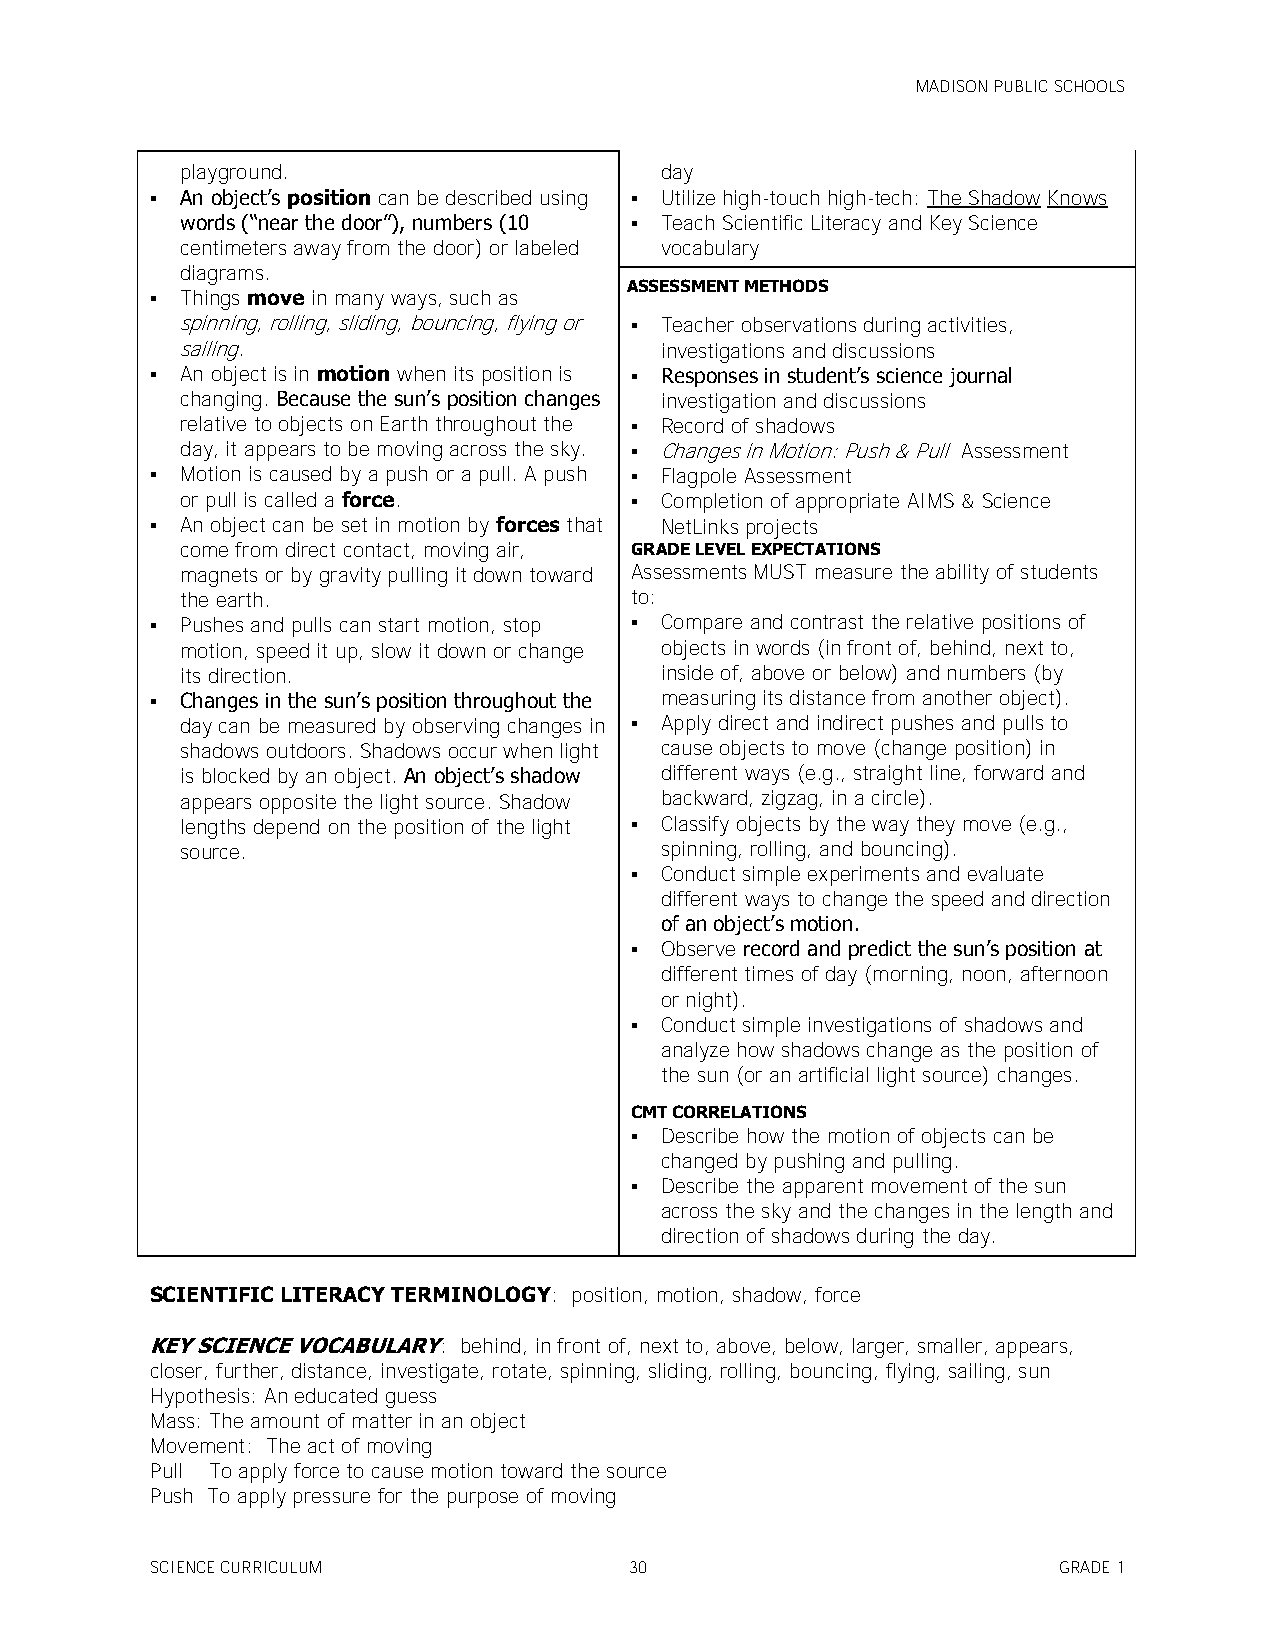
MADISON PUBLIC SCHOOLS
 playground.                     day
  An object’s position can be described using  Utilize high-touch high-tech: The Shadow Knows
 words (―near the door‖), numbers (10  Teach Scientific Literacy and Key Science
 centimeters away from the door) or labeled vocabulary
 diagrams.
 ASSESSMENT METHODS
  Things move in many ways, such as
 spinning, rolling, sliding, bouncing, flying or  Teacher observations during activities,
 sailing.                        investigations and discussions
  An object is in motion when its position is  Responses in student’s science journal
 changing. Because the sun’s position changes investigation and discussions
 relative to objects on Earth throughout the  Record of shadows
 day, it appears to be moving across the sky.  Changes in Motion: Push & Pull Assessment
  Motion is caused by a push or a pull. A push  Flagpole Assessment
 or pull is called a force.     Completion of appropriate AIMS & Science
  An object can be set in motion by forces that NetLinks projects
 come from direct contact, moving air, GRADE LEVEL EXPECTATIONS
 magnets or by gravity pulling it down toward Assessments MUST measure the ability of students
 the earth.                    to:
  Pushes and pulls can start motion, stop  Compare and contrast the relative positions of
 motion, speed it up, slow it down or change objects in words (in front of, behind, next to,
 its direction.                  inside of, above or below) and numbers (by
  Changes in the sun’s position throughout the measuring its distance from another object).
 day can be measured by observing changes in  Apply direct and indirect pushes and pulls to
 shadows outdoors. Shadows occur when light cause objects to move (change position) in
 is blocked by an object. An object’s shadow different ways (e.g., straight line, forward and
 appears opposite the light source. Shadow backward, zigzag, in a circle).
 lengths depend on the position of the light  Classify objects by the way they move (e.g.,
 source.                         spinning, rolling, and bouncing).
  Conduct simple experiments and evaluate
 different ways to change the speed and direction
 of an object’s motion.
  Observe record and predict the sun’s position at
 different times of day (morning, noon, afternoon
 or night).
  Conduct simple investigations of shadows and
 analyze how shadows change as the position of
 the sun (or an artificial light source) changes.
 CMT CORRELATIONS
  Describe how the motion of objects can be
 changed by pushing and pulling.
  Describe the apparent movement of the sun
 across the sky and the changes in the length and
 direction of shadows during the day.
 SCIENTIFIC LITERACY TERMINOLOGY: position, motion, shadow, force
 KEY SCIENCE VOCABULARY: behind, in front of, next to, above, below, larger, smaller, appears,
 closer, further, distance, investigate, rotate, spinning, sliding, rolling, bouncing, flying, sailing, sun
 Hypothesis: An educated guess
 Mass: The amount of matter in an object
 Movement: The act of moving
 Pull To apply force to cause motion toward the source
 Push To apply pressure for the purpose of moving
 SCIENCE CURRICULUM              30                          GRADE 1